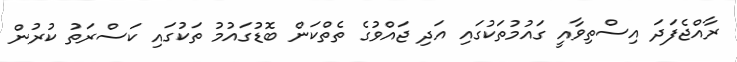
ރާއްޖެފަދަ އިސްތިވާއީ ގައުމުތަކުގައި އަދި ޖައްވުގެ ތެތްކަން ބޮޑުގައުމު ތަކުގައި ކަސްރަތު ކުރުން